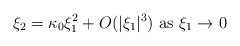
\begin{align*}\xi_2 = \kappa_0 \xi_1^2 + O (|\xi_1|^3) \mbox{ as } \xi_1 \rightarrow 0\end{align*}